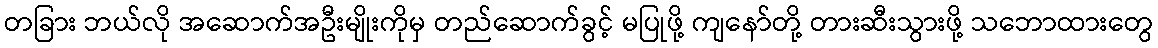
တခြား ဘယ်လို အဆောက်အဦးမျိုးကိုမှ တည်ဆောက်ခွင့် မပြုဖို့ ကျနော်တို့ တားဆီးသွားဖို့ သဘောထားတွေ